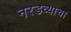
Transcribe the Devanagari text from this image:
नरडव्याचा